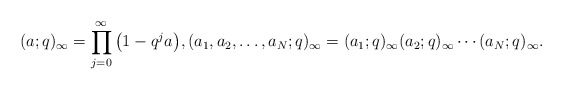
\begin{align*}& (a ; q)_{\infty} = \prod_{j=0}^{\infty} \big(1-q^j a\big), (a_1, a_2, \dots,a_N ; q)_{\infty} = (a_1 ; q)_{\infty} (a_2 ; q)_{\infty} \cdots (a_N ; q)_{\infty}.\end{align*}